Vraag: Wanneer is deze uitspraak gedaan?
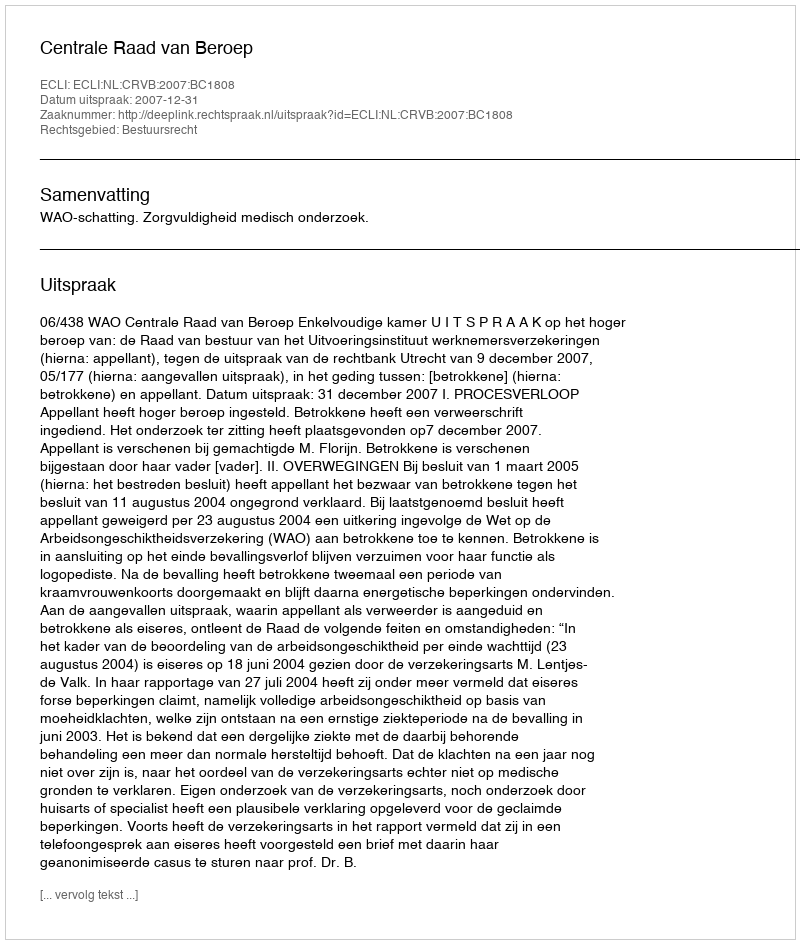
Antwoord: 2007-12-31